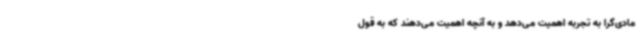
مادی‌گرا به تجربه اهمیت می‌دهد و به آنچه اهمیت می‌دهند که به قول